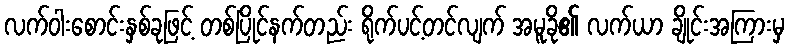
လက်ဝါးစောင်းနှစ်ခုဖြင့် တစ်ပြိုင်နက်တည်း ရိုက်ပင့်တင်လျက် အမူခို၏ လက်ယာ ချိုင်းအကြားမှ